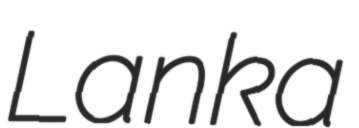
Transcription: Lanka